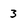
Character: 3